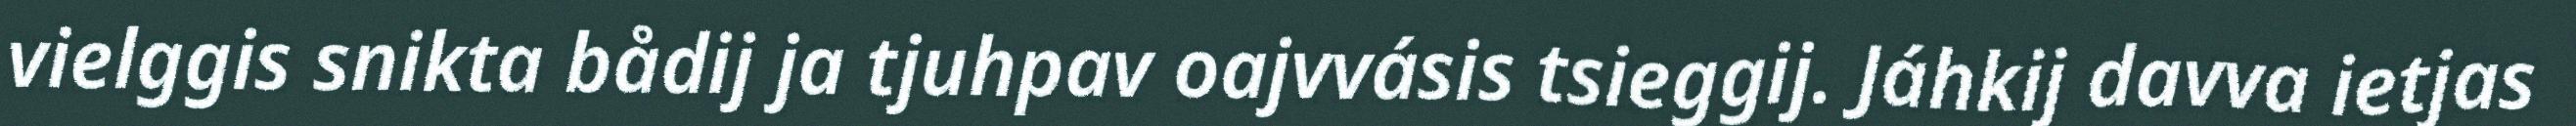
vielggis snikta bådij ja tjuhpav oajvvásis tsieggij. Jáhkij davva ietjas